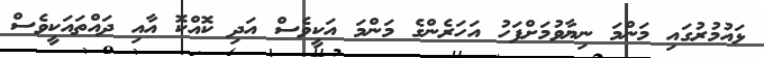
ޅައުމުރުގައި މަންމަ ނިޔާވުމަށްފަހު އަހަރެންގެ މަންމަ އަކީވެސް އަދި ކޮއްކޮ އާއި ދައްތައަކީވެސް